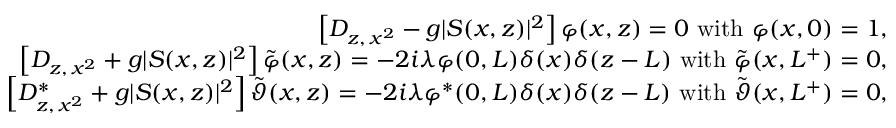
\begin{array} { r l r } & { } & { \left\lbrack D _ { z , \, x ^ { 2 } } - g \vert S ( x , z ) \vert ^ { 2 } \right\rbrack \varphi ( x , z ) = 0 \ \mathrm { w i t h } \ \varphi ( x , 0 ) = 1 , } \\ & { } & { \left\lbrack D _ { z , \, x ^ { 2 } } + g \vert S ( x , z ) \vert ^ { 2 } \right\rbrack \tilde { \varphi } ( x , z ) = - 2 i \lambda \varphi ( 0 , L ) \delta ( x ) \delta ( z - L ) \ \mathrm { w i t h } \ \tilde { \varphi } ( x , L ^ { + } ) = 0 , } \\ & { } & { \left\lbrack D _ { z , \, x ^ { 2 } } ^ { \ast } + g \vert S ( x , z ) \vert ^ { 2 } \right\rbrack \tilde { \vartheta } ( x , z ) = - 2 i \lambda \varphi ^ { \ast } ( 0 , L ) \delta ( x ) \delta ( z - L ) \ \mathrm { w i t h } \ \tilde { \vartheta } ( x , L ^ { + } ) = 0 , } \end{array}